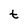
Character: t